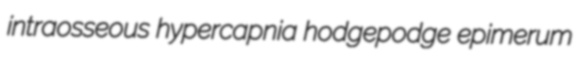
intraosseous hypercapnia hodgepodge epimerum